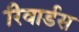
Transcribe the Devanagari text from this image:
रिवार्डस